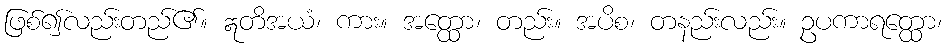
ဖြစ်၍လည်းတည်၏။ ဣတိအယံ၊ ကား။ အတ္ထော၊ တည်း။ အပိစ၊ တနည်းလည်း။ ဥပကာရတ္ထော၊